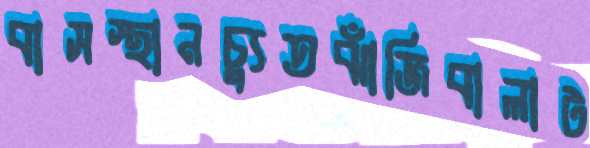
বাসস্থানচ্যুতঝাঁজিবালাট